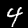
Digit: 4